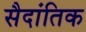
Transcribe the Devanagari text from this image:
सैदांतिक